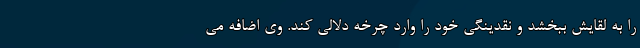
را به لقایش ببخشد و نقدینگی خود را وارد چرخه دلالی کند. وی اضافه می